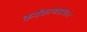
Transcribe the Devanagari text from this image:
कर्मकाणडप्रधान